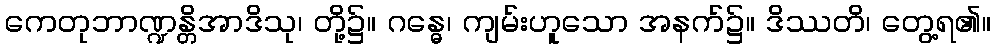
ကေတုဘာဏ္ဍန္တိအာဒိသု၊ တို့၌။ ဂန္ဓေ၊ ကျမ်းဟူသော အနက်၌။ ဒိဿတိ၊ တွေ့ရ၏။